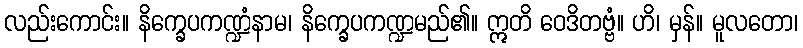
လည်းကောင်း။ နိက္ခေပကဏ္ဍံနာမ၊ နိက္ခေပကဏ္ဍမည်၏။ ဣတိ ဝေဒိတဗ္ဗံ။ ဟိ၊ မှန်။ မူလတော၊